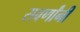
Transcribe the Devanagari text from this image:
सवर्णांनी